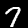
Label: 7